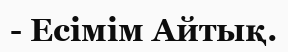
- Есімім Айтық.